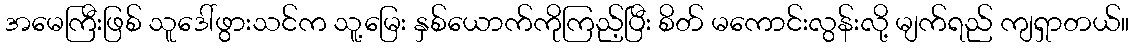
အမေကြီးဖြစ် သူဒေါ်ဖွားသင်က သူ့မြေး နှစ်ယောက်ကိုကြည့်ပြီး စိတ် မကောင်းလွန်းလို့ မျက်ရည် ကျရှာတယ်။